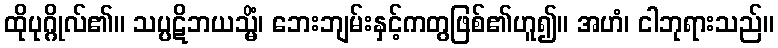
ထိုပုဂ္ဂိုလ်၏။ သပ္ပဋိဘယသ္မိံ၊ ဘေးဘျမ်းနှင့်ကတွဖြစ်၏ဟူ၍။ အဟံ၊ ငါဘုရားသည်။